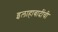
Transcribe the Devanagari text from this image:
इलाहाबादींची